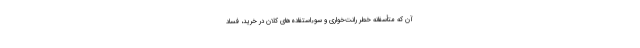
آن که متأسفانه خطر رانت‌خواری و سوء‌استفاده‌های کلان در خرید، فساد